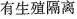
有生殖隔离